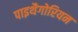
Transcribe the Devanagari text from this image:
पाइथैगोरियन